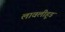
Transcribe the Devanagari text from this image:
लावलीहूड